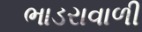
ભાડરાવાળી